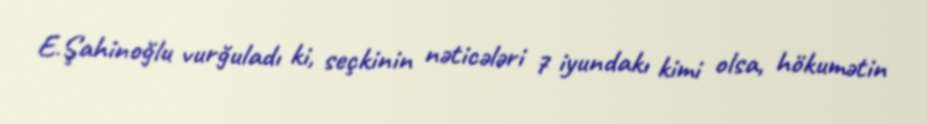
E.Şahinoğlu vurğuladı ki, seçkinin nəticələri 7 iyundakı kimi olsa, hökumətin